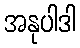
အနုပါဒါ